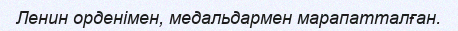
Ленин орденімен, медальдармен марапатталған.